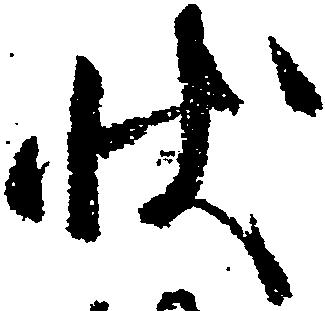
状